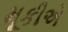
મૂકીએ